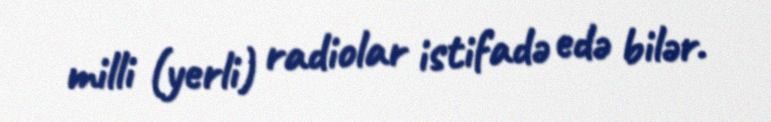
milli (yerli) radiolar istifadə edə bilər.